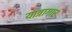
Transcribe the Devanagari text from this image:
यात्रागार